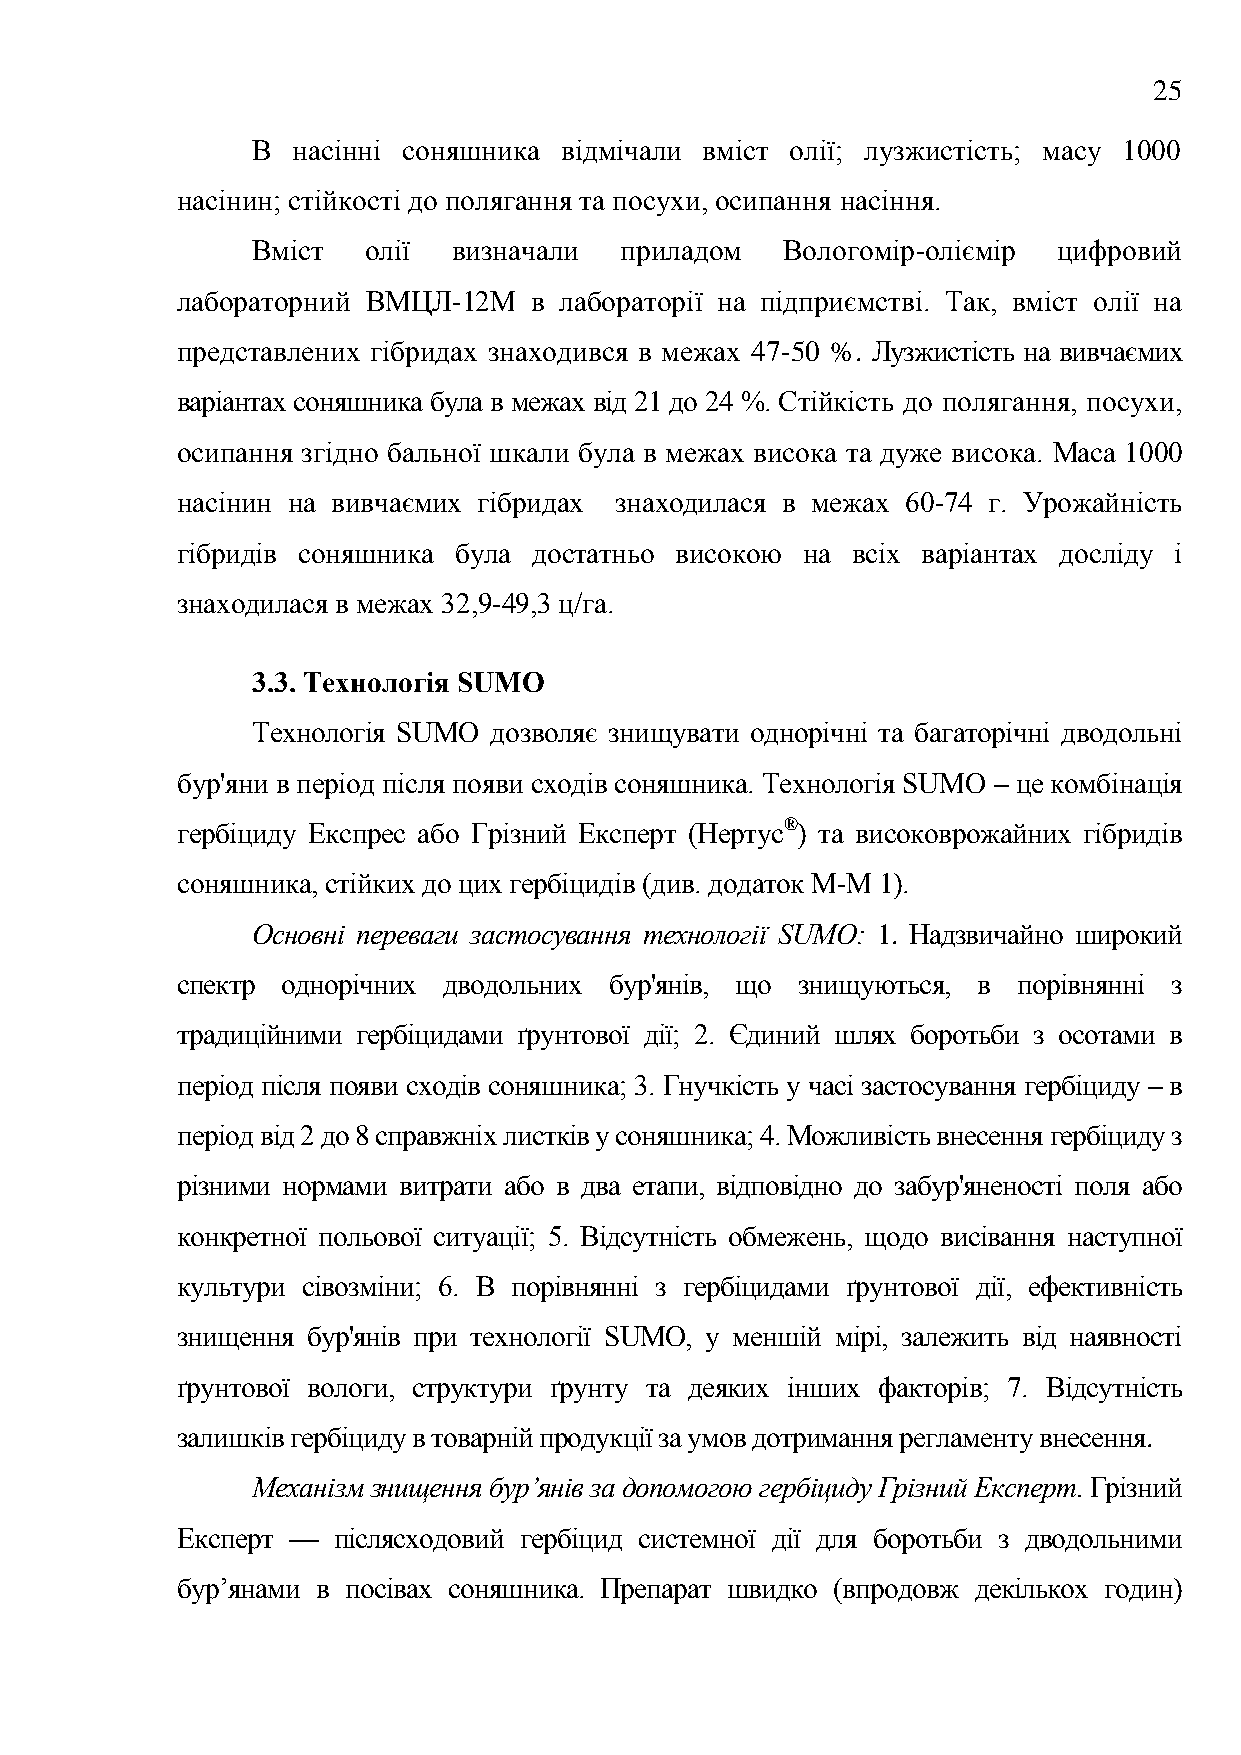
25
 В насінні соняшника відмічали вміст олії; лузжистість; масу 1000
 насінин; стійкості до полягання та посухи, осипання насіння.
 Вміст  олії  визначали  приладом   Вологомір-оліємір цифровий
 лабораторний ВМЦЛ-12М  в лабораторії на підприємстві. Так, вміст олії на
 представлених гібридах знаходився в межах 47-50 %. Лузжистість на вивчаємих
 варіантах соняшника була в межах від 21 до 24 %. Стійкість до полягання, посухи,
 осипання згідно бальної шкали була в межах висока та дуже висока. Маса 1000
 насінин на вивчаємих гібридах знаходилася в межах 60-74 г. Урожайність
 гібридів соняшника була достатньо високою на всіх варіантах досліду і
 знаходилася в межах 32,9-49,3 ц/га.
 3.3. Технологія SUMO
 Технологія SUMO дозволяє знищувати однорічні та багаторічні дводольні
 бур'яни в період після появи сходів соняшника. Технологія SUMO – це комбінація
 гербіциду Експрес або Грізний Експерт (Нертус®) та високоврожайних гібридів
 соняшника, стійких до цих гербіцидів (див. додаток М-М 1).
 Основні переваги застосування технології SUMO: 1. Надзвичайно широкий
 спектр однорічних дводольних бур'янів, що знищуються, в порівнянні з
 традиційними гербіцидами ґрунтової дії; 2. Єдиний шлях боротьби з осотами в
 період після появи сходів соняшника; 3. Гнучкість у часі застосування гербіциду – в
 період від 2 до 8 справжніх листків у соняшника; 4. Можливість внесення гербіциду з
 різними нормами витрати або в два етапи, відповідно до забур'яненості поля або
 конкретної польової ситуації; 5. Відсутність обмежень, щодо висівання наступної
 культури сівозміни; 6. В порівнянні з гербіцидами ґрунтової дії, ефективність
 знищення бур'янів при технології SUMO, у меншій мірі, залежить від наявності
 ґрунтової вологи, структури ґрунту та деяких інших факторів; 7. Відсутність
 залишків гербіциду в товарній продукції за умов дотримання регламенту внесення.
 Механізм знищення бур’янів за допомогою гербіциду Грізний Експерт. Грізний
 Експерт — післясходовий гербіцид системної дії для боротьби з дводольними
 бур’янами в посівах соняшника. Препарат швидко (впродовж декількох годин)